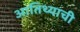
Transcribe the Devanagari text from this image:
आतिथ्याची